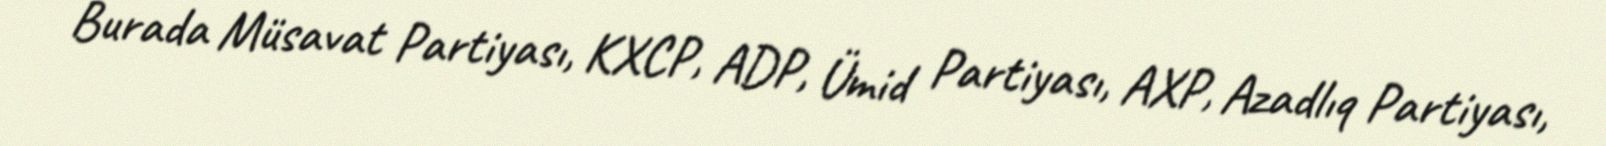
Burada Müsavat Partiyası, KXCP, ADP, Ümid Partiyası, AXP, Azadlıq Partiyası,